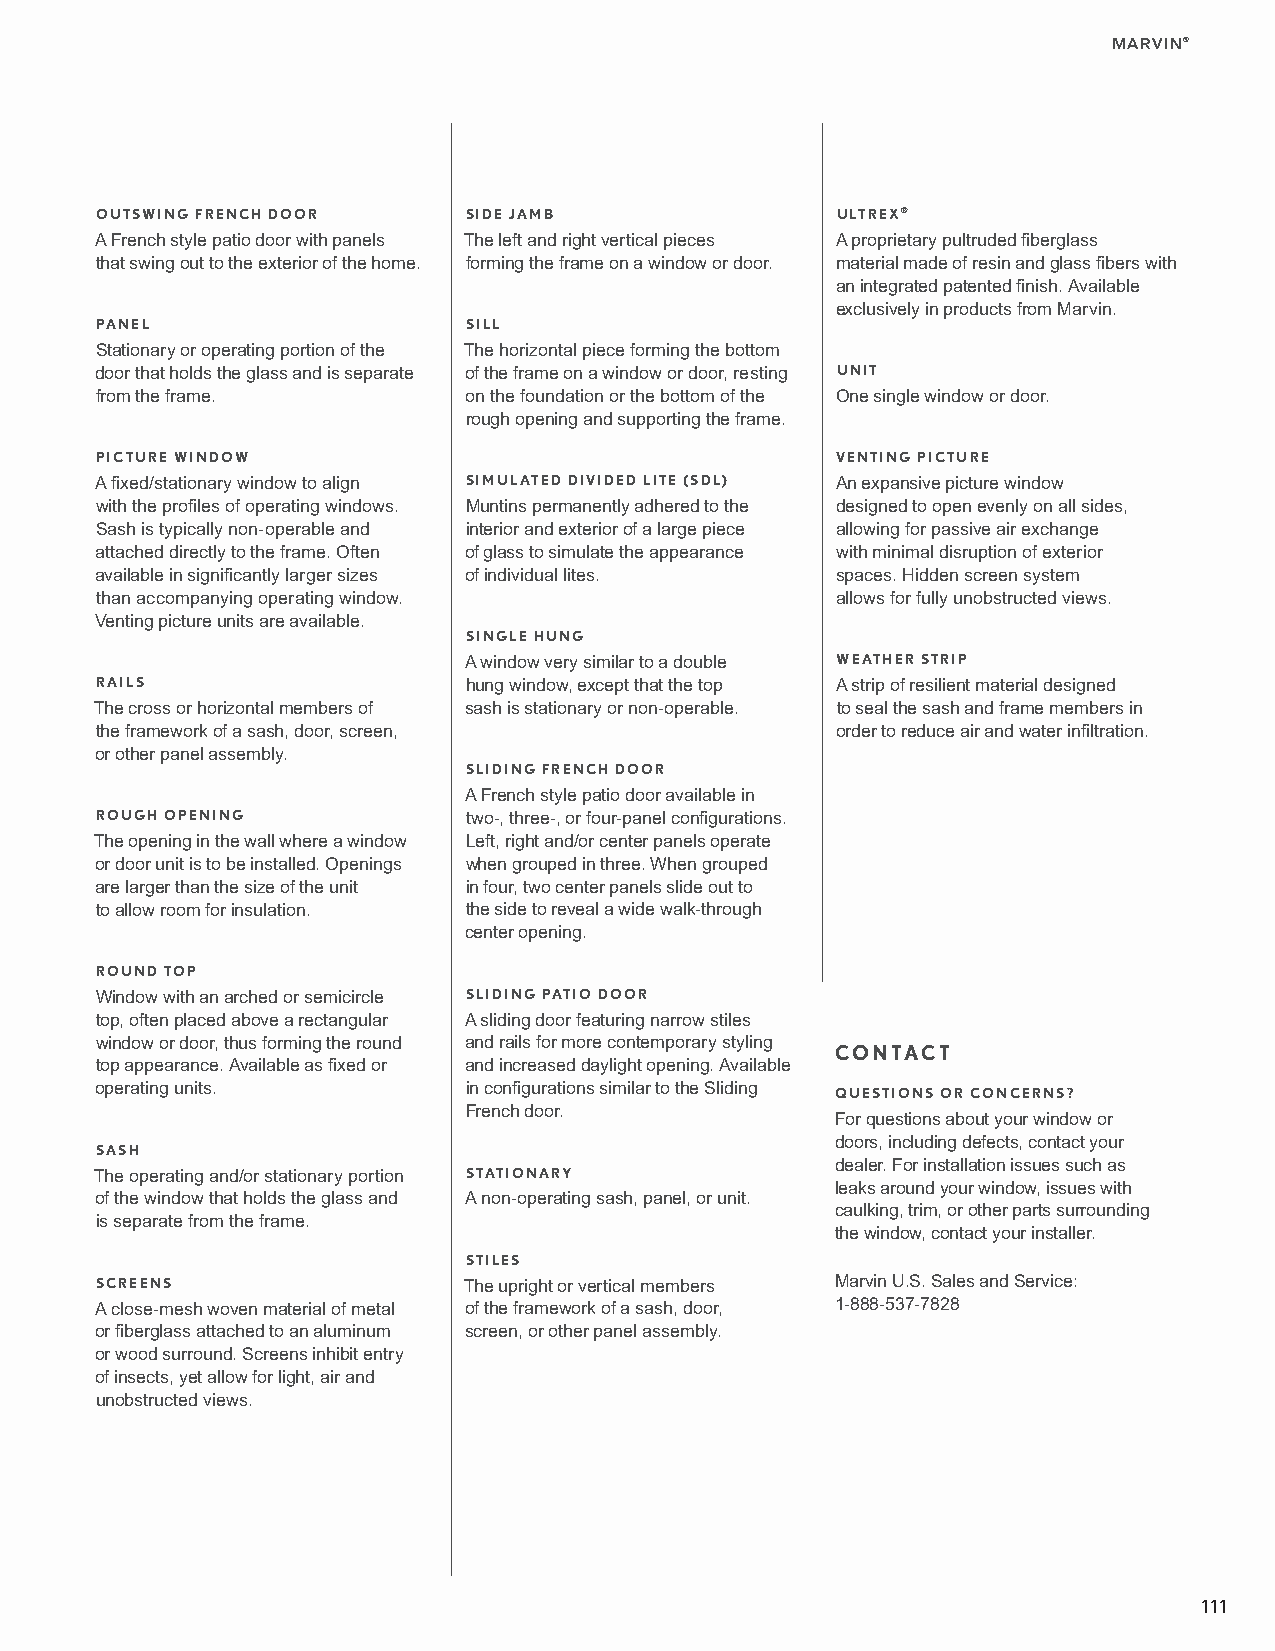
MARVIN®
 OUTSWING FRENCH DOOR     SIDE JAMB               ULTREX®
 A French style patio door with panels The left and right vertical pieces A proprietary pultruded fiberglass
 that swing out to the exterior of the home. forming the frame on a window or door. material made of resin and glass fibers with
 an integrated patented finish. Available
 exclusively in products from Marvin.
 PANEL                    SILL
 Stationary or operating portion of the The horizontal piece forming the bottom
 door that holds the glass and is separate of the frame on a window or door, resting UNIT
 from the frame.          on the foundation or the bottom of the One single window or door.
 rough opening and supporting the frame.
 PICTURE WINDOW                                   VENTING PICTURE
 A fixed/stationary window to align SIMULATED DIVIDED LITE (SDL) An expansive picture window
 with the profiles of operating windows. Muntins permanently adhered to the designed to open evenly on all sides,
 Sash is typically non-operable and interior and exterior of a large piece allowing for passive air exchange
 attached directly to the frame. Often of glass to simulate the appearance with minimal disruption of exterior
 available in significantly larger sizes of individual lites. spaces. Hidden screen system
 than accompanying operating window.              allows for fully unobstructed views.
 Venting picture units are available.
 SINGLE HUNG
 A window very similar to a double WEATHER STRIP
 RAILS                    hung window, except that the top A strip of resilient material designed
 The cross or horizontal members of sash is stationary or non-operable. to seal the sash and frame members in
 the framework of a sash, door, screen,           order to reduce air and water infiltration.
 or other panel assembly.
 SLIDING FRENCH DOOR
 A French style patio door available in
 ROUGH OPENING            two-, three-, or four-panel configurations.
 The opening in the wall where a window Left, right and/or center panels operate
 or door unit is to be installed. Openings when grouped in three. When grouped
 are larger than the size of the unit in four, two center panels slide out to
 to allow room for insulation. the side to reveal a wide walk-through
 center opening.
 ROUND TOP
 Window with an arched or semicircle SLIDING PATIO DOOR
 top, often placed above a rectangular A sliding door featuring narrow stiles
 window or door, thus forming the round and rails for more contemporary styling
 CONTACT
 top appearance. Available as fixed or and increased daylight opening. Available
 operating units.         in configurations similar to the Sliding
 QUESTIONS OR CONCERNS?
 French door.
 For questions about your window or
 doors, including defects, contact your
 SASH
 dealer. For installation issues such as
 The operating and/or stationary portion STATIONARY
 leaks around your window, issues with
 of the window that holds the glass and A non-operating sash, panel, or unit.
 caulking, trim, or other parts surrounding
 is separate from the frame.
 the window, contact your installer.
 STILES
 SCREENS                  The upright or vertical members Marvin U.S. Sales and Service:
 A close-mesh woven material of metal of the framework of a sash, door, 1-888-537-7828
 or fiberglass attached to an aluminum screen, or other panel assembly.
 or wood surround. Screens inhibit entry
 of insects, yet allow for light, air and
 unobstructed views.
 111